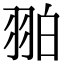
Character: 𦐚